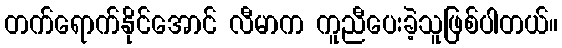
တက်ရောက်နိုင်အောင် လီမာက ကူညီပေးခဲ့သူဖြစ်ပါတယ်။